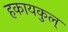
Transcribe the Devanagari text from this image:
हकायकुल्